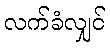
လက်ခံလျှင်